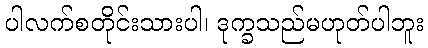
ပါလက်စတိုင်းသားပါ၊ ဒုက္ခသည်မဟုတ်ပါဘူး